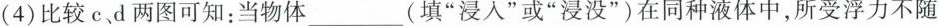
(4)比较c、d两图可知：当物体___(填“浸入”或“浸没”)在同种液体中，所受浮力不随